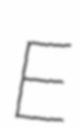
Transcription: E